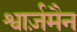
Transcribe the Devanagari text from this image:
श्वार्ज़मैन